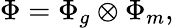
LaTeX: \Phi=\Phi_{g}\otimes\Phi_{m},